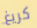
كريغ